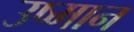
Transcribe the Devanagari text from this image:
उष्मान